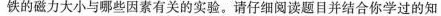
铁的磁力大小与哪些因素有关的实验。请仔细阅读题目并结合你学过的知